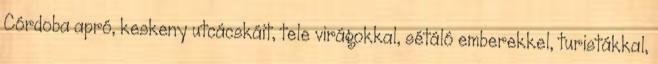
Córdoba apró, keskeny utcácskáit, tele virágokkal, sétáló emberekkel, turistákkal,